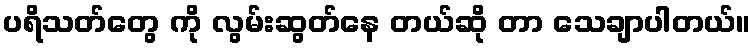
ပရိသတ်တွေ ကို လွမ်းဆွတ်နေ တယ်ဆို တာ သေချာပါတယ်။